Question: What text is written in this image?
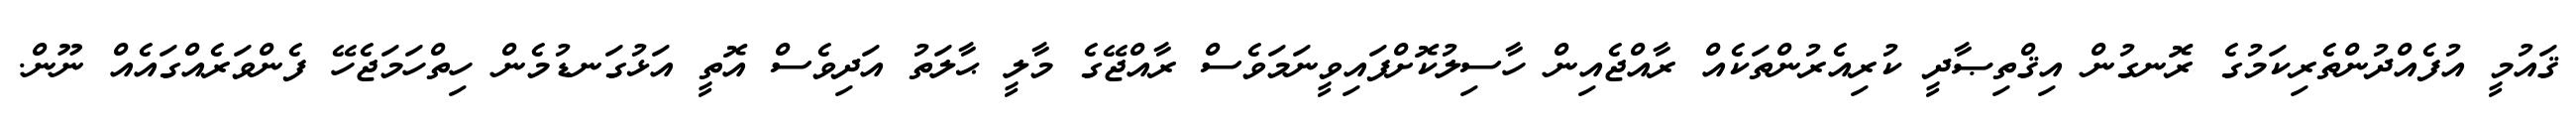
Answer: ޤައުމީ އުފެއްދުންތެރިކަމުގެ ރޮނގުން އިޤްތިޞާދީ ކުރިއެރުންތަކެއް ރާއްޖެއިން ހާސިލުކޮށްފައިވީނަމަވެސް ރާއްޖޭގެ މާލީ ޙާލަތު އަދިވެސް އޮތީ އަޅުގަނޑުމެން ހިތްހަމަޖެހޭ ފެންވަރެއްގައެއް ނޫން.